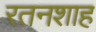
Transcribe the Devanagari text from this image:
रतनशाह